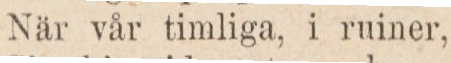
När vår timliga, i ruiner,